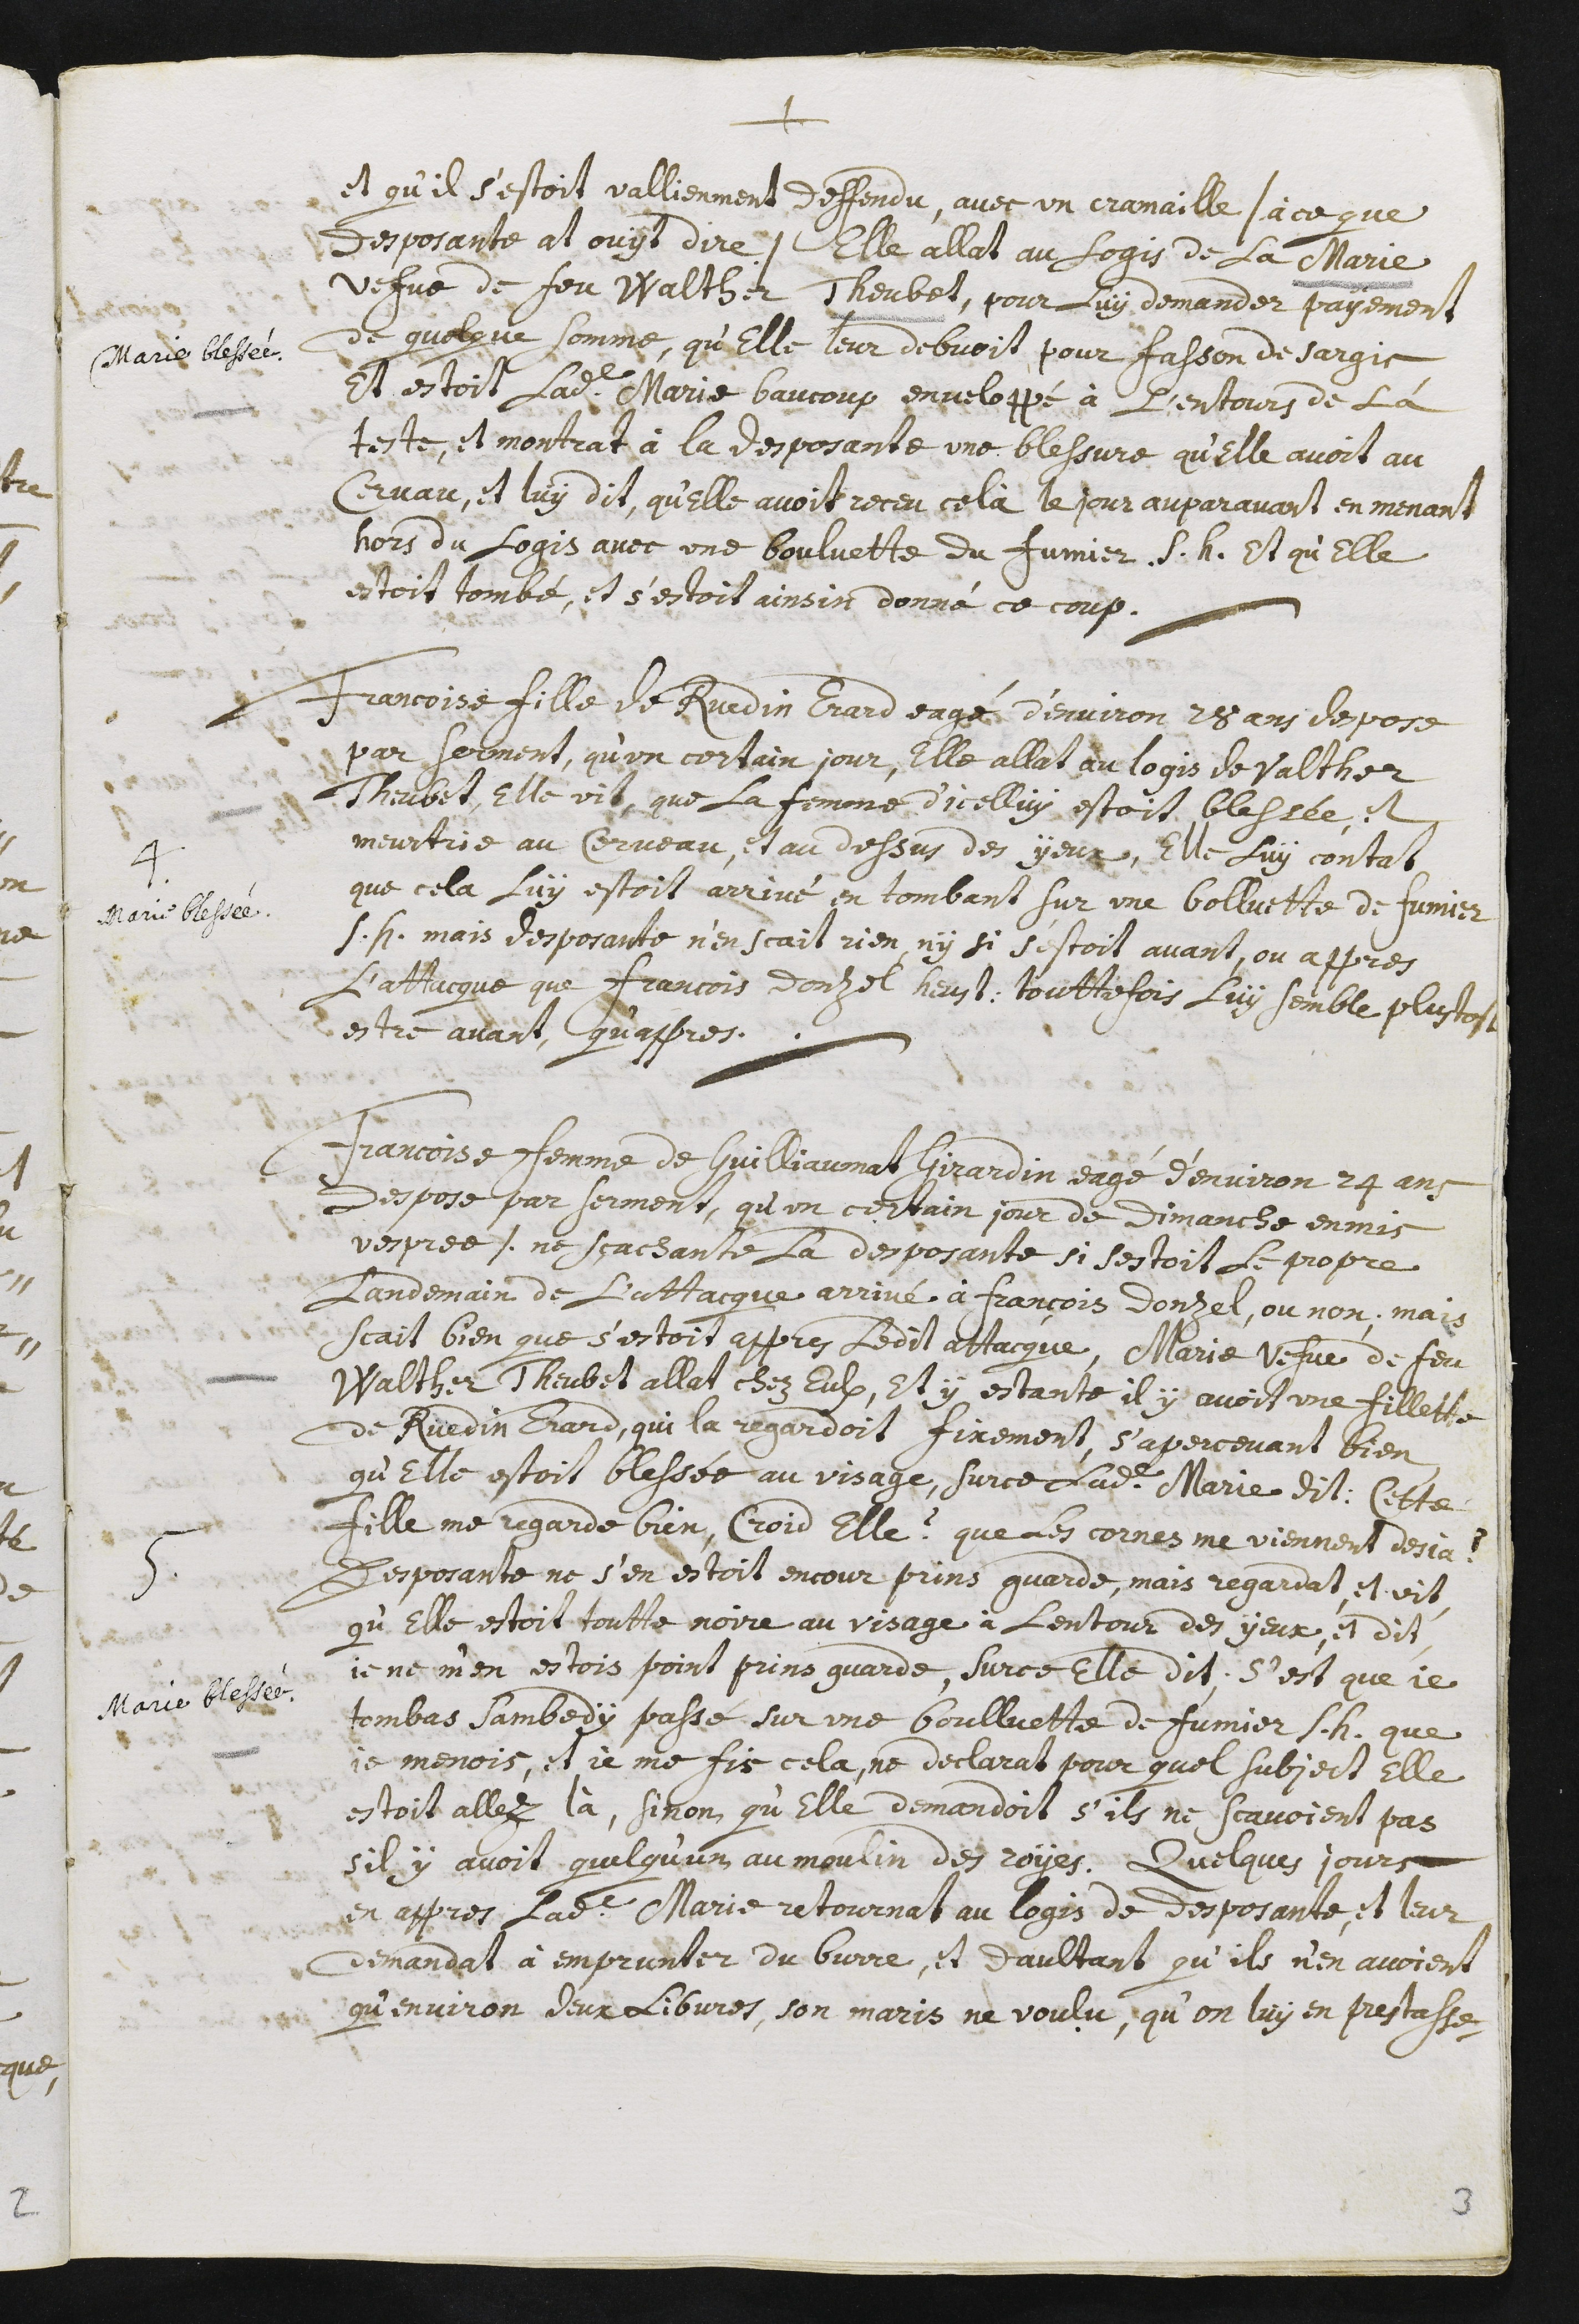
+
Marie blessée
et qu’il s’estoit vallienment deffendu, avec un cramaille /. à ce que
desposante at ouyt dire ./ , elle allat au logis de la Marie
vefve de son feu Walther Theubet, pour luy demander payement
de quelque somme, qu’elle leur debvoit pour fasson de sargis.
Et estoit ladite Marie beaucoup enveloppé à l’entours de la
teste, et montrat à la desposante une blessure qu’elle avoit au
cervau, et luy dit, qu’elle avoit receu celà le jour auparavant en
menant hors du logis avec une bouluette du fumier s.h. et qu’elle
estoit tombé, et s’estoit ainsin donné ce coup.
Marie blessée.
4. Françoise fille de Ruedin Erard eagé d’environ 28 ans despose
par serment, qu’un certain jour, elle allat au logis de Valther
Theubet, elle vit, que la femme d’icelluy estoit blessée, et
meurtrie au cerveau, et au dessus des ÿeux. Elle luy contat
que cela luy estoit arrivé en tombant sur une bolluette de fumier
s.h. mais desposante n’en scait rien n’y si s’estoit avant, ou appres
l’attacque que Francois Donzel heust : touttefois luy semble plustost
estre avant, qu’appres.
Marie blessée.
5. Francoise femme de Guilliaumat Girardin eagé d’environ 24 ans
despose par serment, qu’un certain jour de dimanche enmis
vesprée /. ne sçachante la desposante si s’estoit le propre
landemain de l’attacque arrivé à François Donzel, ou non, mais
scait bien que s’estoit appres ledit attacque, Marie vefu de feu
Walther Theubet allat chez eulx, et y estante il y avoit une fillete
de Ruedin Erard, qui la regardoit fixement, s’apercevant bien,
qu’elle estoit blessée au visage, sur ce ladite Marie dit : Cette
fille me regarde bien, croid elle ? Que les cornes me viennent desia ?
Desposante ne s’en estoit encour prins garde, mais regardat, et vit
qu’elle estoit toutte noire au visage à l’entour des yeux, et dit :
je ne m’en estois point prins garde, Sur ce elle dit ; S’est que je
tombas sambedy passé sur une boulluette de fumier s.h. que
je menois, et je me fis cela, ne declarat pour quel subject elle
estoit allez là, sinon qu’elle demandoit s’ils ne scavoient pas
s’il y avoit quelqu’un au moulin des royes. Quelques jours
en appres ladite Marie retournat au logis de deposante, et leur
demandat à emprunter du burre, et d’aultant qu’ils n’en avoient
qu’environ deux libvres, son maris ne voulu, qu’on luy en prestasse